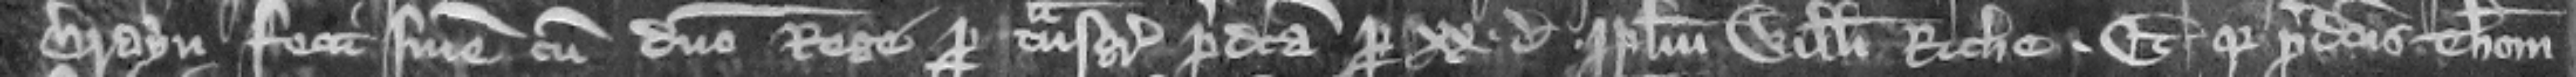
Brayn fecit finem cum domino rege pro transgressione predicta per xx denarios per plegium Willelmi Riche. Et quia predictus Thomas